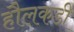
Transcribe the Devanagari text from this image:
हौलकडी